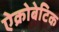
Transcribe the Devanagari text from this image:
ऐक्रोबेटिक